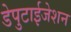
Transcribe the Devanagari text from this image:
डेपुटाईजेशन